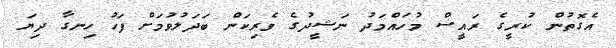
އެގޮތުން ކުރީގެ ރައީސް މުހައްމަދު ނަޝީދުގެ ވެރިކަން ބަދަލުވުމަށް ފަހު ހިނގާ ދިޔަ